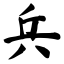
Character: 兵